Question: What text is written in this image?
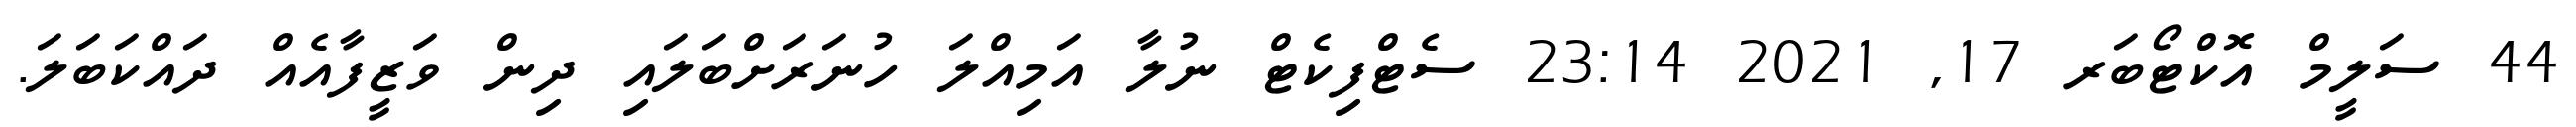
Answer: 44 ސަލީމް އޮކްޓޯބަރ 17, 2021 23:14 ސެޓްފިކެޓް ނުލާ އަމިއްލަ ހުނަރަށްބަލައި ދިން ވަޒީފާއެއް ދައްކަބަލަ.